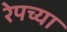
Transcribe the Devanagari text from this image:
रेपच्या